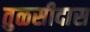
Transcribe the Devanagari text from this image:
तुळसीदास